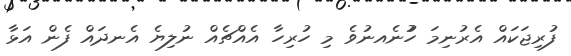
ފުރިޖަކަަައް އެރުނިިިިިިިމަ ހުުުުުުނެއނުވެ މި ހުރިހާ އެއްޗެއް ނުލިޔެ އެނދައް ފެން އަޅާ